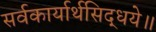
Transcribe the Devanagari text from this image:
सर्वकार्यार्थसिद्धये॥